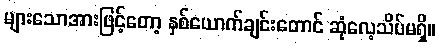
များသောအားဖြင့်တော့ နှစ်ယောက်ချင်းတောင် ဆုံလေ့သိပ်မရှိ။